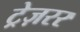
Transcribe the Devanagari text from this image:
ट्रेज़रर